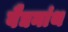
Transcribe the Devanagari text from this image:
वैद्यनांथ